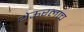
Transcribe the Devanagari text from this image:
थेऊरलाच